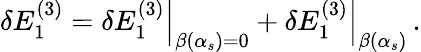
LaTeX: \delta E_{1}^{(3)}=\left.\delta E_{1}^{(3)}\right|_{\beta(\alpha_{s})=0}+\left.\delta E_{1}^{(3)}\right|_{\beta(\alpha_{s})}\, .